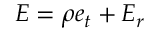
E = \rho e _ { t } + E _ { r }